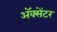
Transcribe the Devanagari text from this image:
ॲक्सेंटर